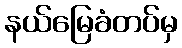
နယ်မြေခံတပ်မှ